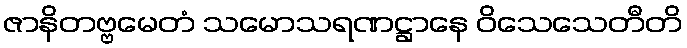
ဇာနိတဗ္ဗမေတံ သမောသရဏဋ္ဌာနေ ဝိသေသေတီတိ